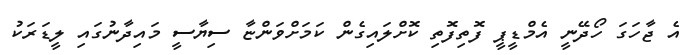
އެ ޖާހަގަ ހޯދޭނީ އެމްޑީޕީ ފޮތިފޮތި ކޮށްލައިގެން ކަމަށްވަންޏާ ސިޔާސީ މައިދާނުގައި ލީޑަރަކު